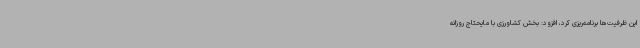
این ظرفیت‌ها برنامه‌ریزی کرد، افزود: بخش کشاورزی با مایحتاج روزانه